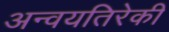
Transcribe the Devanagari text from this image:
अन्वयतिरेकी